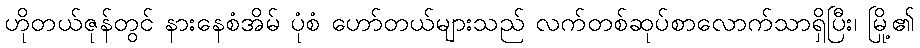
ဟိုတယ်ဇုန်တွင် နားနေစံအိမ် ပုံစံ ဟော်တယ်များသည် လက်တစ်ဆုပ်စာလောက်သာရှိပြီး၊ မြို့၏